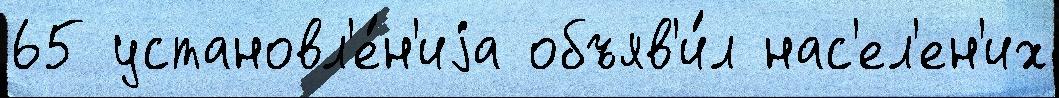
65 установл'е́н'иjа объяв'и́л нас'ел'ен'их